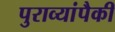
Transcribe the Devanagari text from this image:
पुराव्यांपैकी